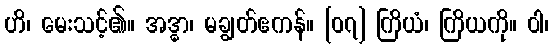
ဟိ၊ မေးသင့်၏။ အဒ္ဓာ၊ မချွတ်ဧကန်။ [၀၇] ကြိယံ၊ ကြိယကို။ ဝါ၊